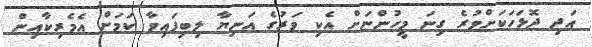
އަދި ދޮޅަހަކަށްވުރެ ގިނަ މީހުންނަށް އެކި ވަރުގެ އަނިޔާ ލިބިފައިވާ ކަމަށް އެމެރިކާއިން